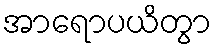
အာရောပယိတွာ